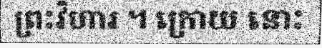
ព្រះវិហារ ។ ក្រោយ នោះ